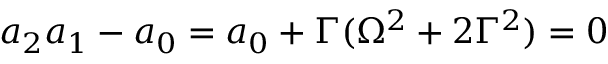
a _ { 2 } a _ { 1 } - a _ { 0 } = a _ { 0 } + \Gamma ( \Omega ^ { 2 } + 2 \Gamma ^ { 2 } ) = 0